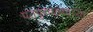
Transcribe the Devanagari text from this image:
पतपुरवठयाच्या